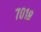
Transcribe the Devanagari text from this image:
७०१८